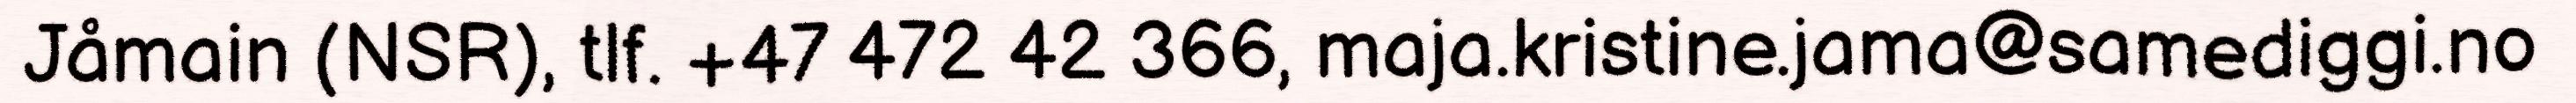
Jåmain (NSR), tlf. +47 472 42 366, maja.kristine.jama@samediggi.no